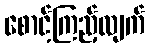
စောင့်ကြည့်လျက်